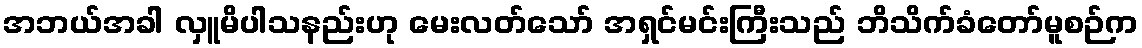
အဘယ်အခါ လှူမိပါသနည်းဟု မေးလတ်သော် အရှင်မင်းကြီးသည် ဘိသိက်ခံတော်မူစဉ်က